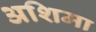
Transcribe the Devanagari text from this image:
अशिमा